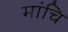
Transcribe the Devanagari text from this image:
मांचि